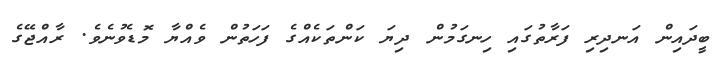
ބީދައިން އަނދިރި ފަރާތުގައި ހިނގަމުން ދިޔަ ކަންތަކެއްގެ ފަހަތުން ވެއްޔާ މޮޑެވުނެވެ. ރާއްޖޭގެ